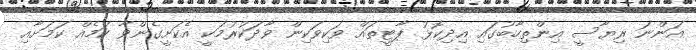
އަންނަ ރިޔާސީ އިންތިހާބުގައި އިދިކޮޅު ޕާޓީތައް ވަކިވަކިން ވާދަކުރުމަކީ އެކަށީގެންވާ ކަމެއް ކަމަށާއި